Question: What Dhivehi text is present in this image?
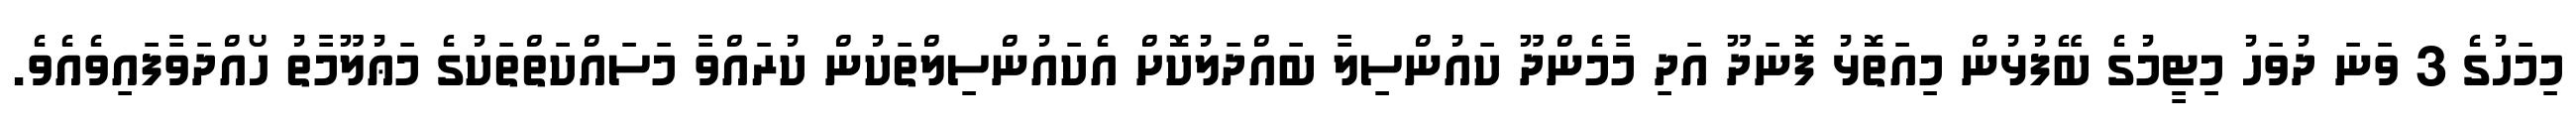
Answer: މިމަހުގެ 3 ވަނަ ދުވަހު މިޓީމުގެ ބޭފުޅުން މިއަތޮޅު ފޮނަދޫ އަދި މާމެންދޫ ކައުންސިލާ ބައްދަލުކޮށް އެކައުންސިލްތަކުން ކުރައްވާ މަސައްކަތްތަކުގެ މަޢުލޫމާތު ހޯއްދަވާފައިވެއެވެ.